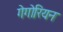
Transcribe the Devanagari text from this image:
गेगोरियन